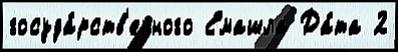
госуда́рств'енного Емашла Да́та 2